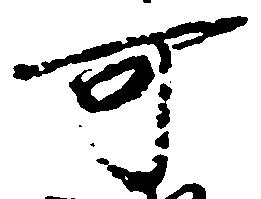
可